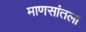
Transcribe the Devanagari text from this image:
माणसांतला